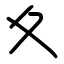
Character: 夊